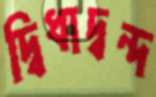
দ্বিধাদ্বন্দ